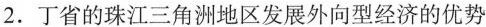
2.丁省的珠江三角洲地区发展外向型经济的优势